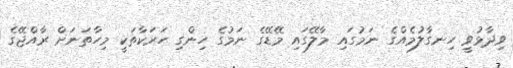
ވިދާޅުވީ ހިނގާލުމެއްގެ ނަމުގައި މާލޭގައި މޭޑޭގެ ނަމުގެ ހިންގި ހަރަކާތަކީ މިހާތަނަށް ރާއްޖޭގެ